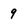
Character: 9